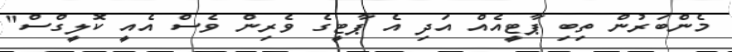
މެންބަރުން ތިބި ޕާޓީއެއް އަދި އެ ޕާޓީގެ ވެރިން ވެސް އެއީ ކޮލީގްސް"